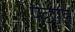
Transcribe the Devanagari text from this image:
पछाइ